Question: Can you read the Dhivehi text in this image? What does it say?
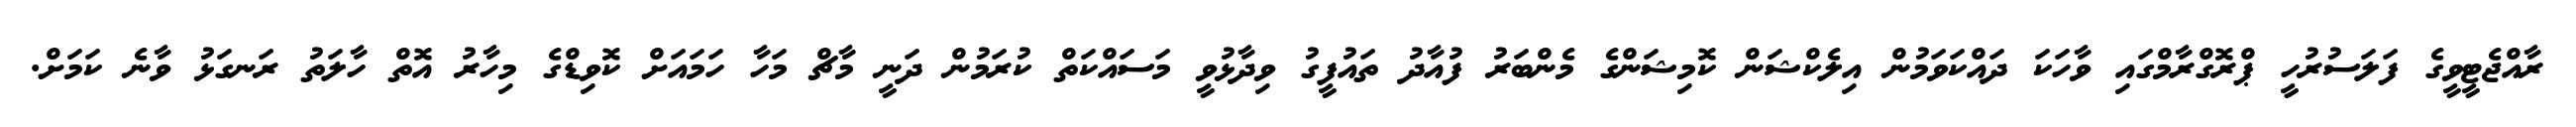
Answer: ރާއްޖެޓީވީގެ ފަލަސުރުހީ ޕްރޮގްރާމްގައި ވާހަކަ ދައްކަވަމުން އިލެކްޝަން ކޮމިޝަންގެ މެންބަރު ފުއާދު ތައުފީގު ވިދާޅުވީ މަސައްކަތް ކުރަމުން ދަނީ މާޗް މަހާ ހަމައަށް ކޮވިޑްގެ މިހާރު އޮތް ހާލަތު ރަނގަޅު ވާނެ ކަމަށް.